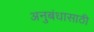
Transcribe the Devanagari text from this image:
अनुबंधासाठी